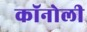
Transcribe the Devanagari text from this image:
कॉनोली